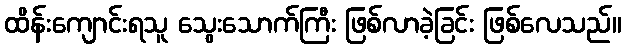
ထိန်းကျောင်းရသူ သွေးသောက်ကြီး ဖြစ်လာခဲ့ခြင်း ဖြစ်လေသည်။